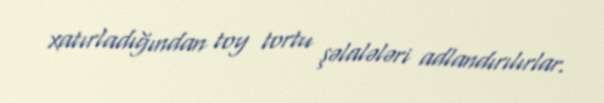
xatırladığından toy tortu şəlalələri adlandırılırlar.